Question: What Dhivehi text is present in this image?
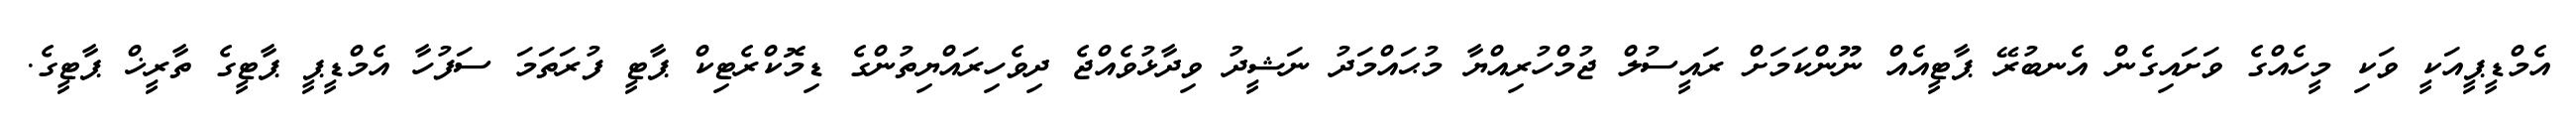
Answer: އެމްޑީޕީއަކީ ވަކި މީހެއްގެ ވަށައިގެން އެނބުރޭ ޕާޓީއެއް ނޫންކަމަށް ރައީސުލް ޖުމްހުރިއްޔާ މުޙައްމަދު ނަޝީދު ވިދާޅުވެއްޖެ ދިވެހިރައްޔިތުންގެ ޑިމޮކްރެޓިކް ޕާޓީ ފުރަތަމަ ސަފުހާ އެމްޑީޕީ ޕާޓީގެ ތާރީޚް ޕާޓީގެ.